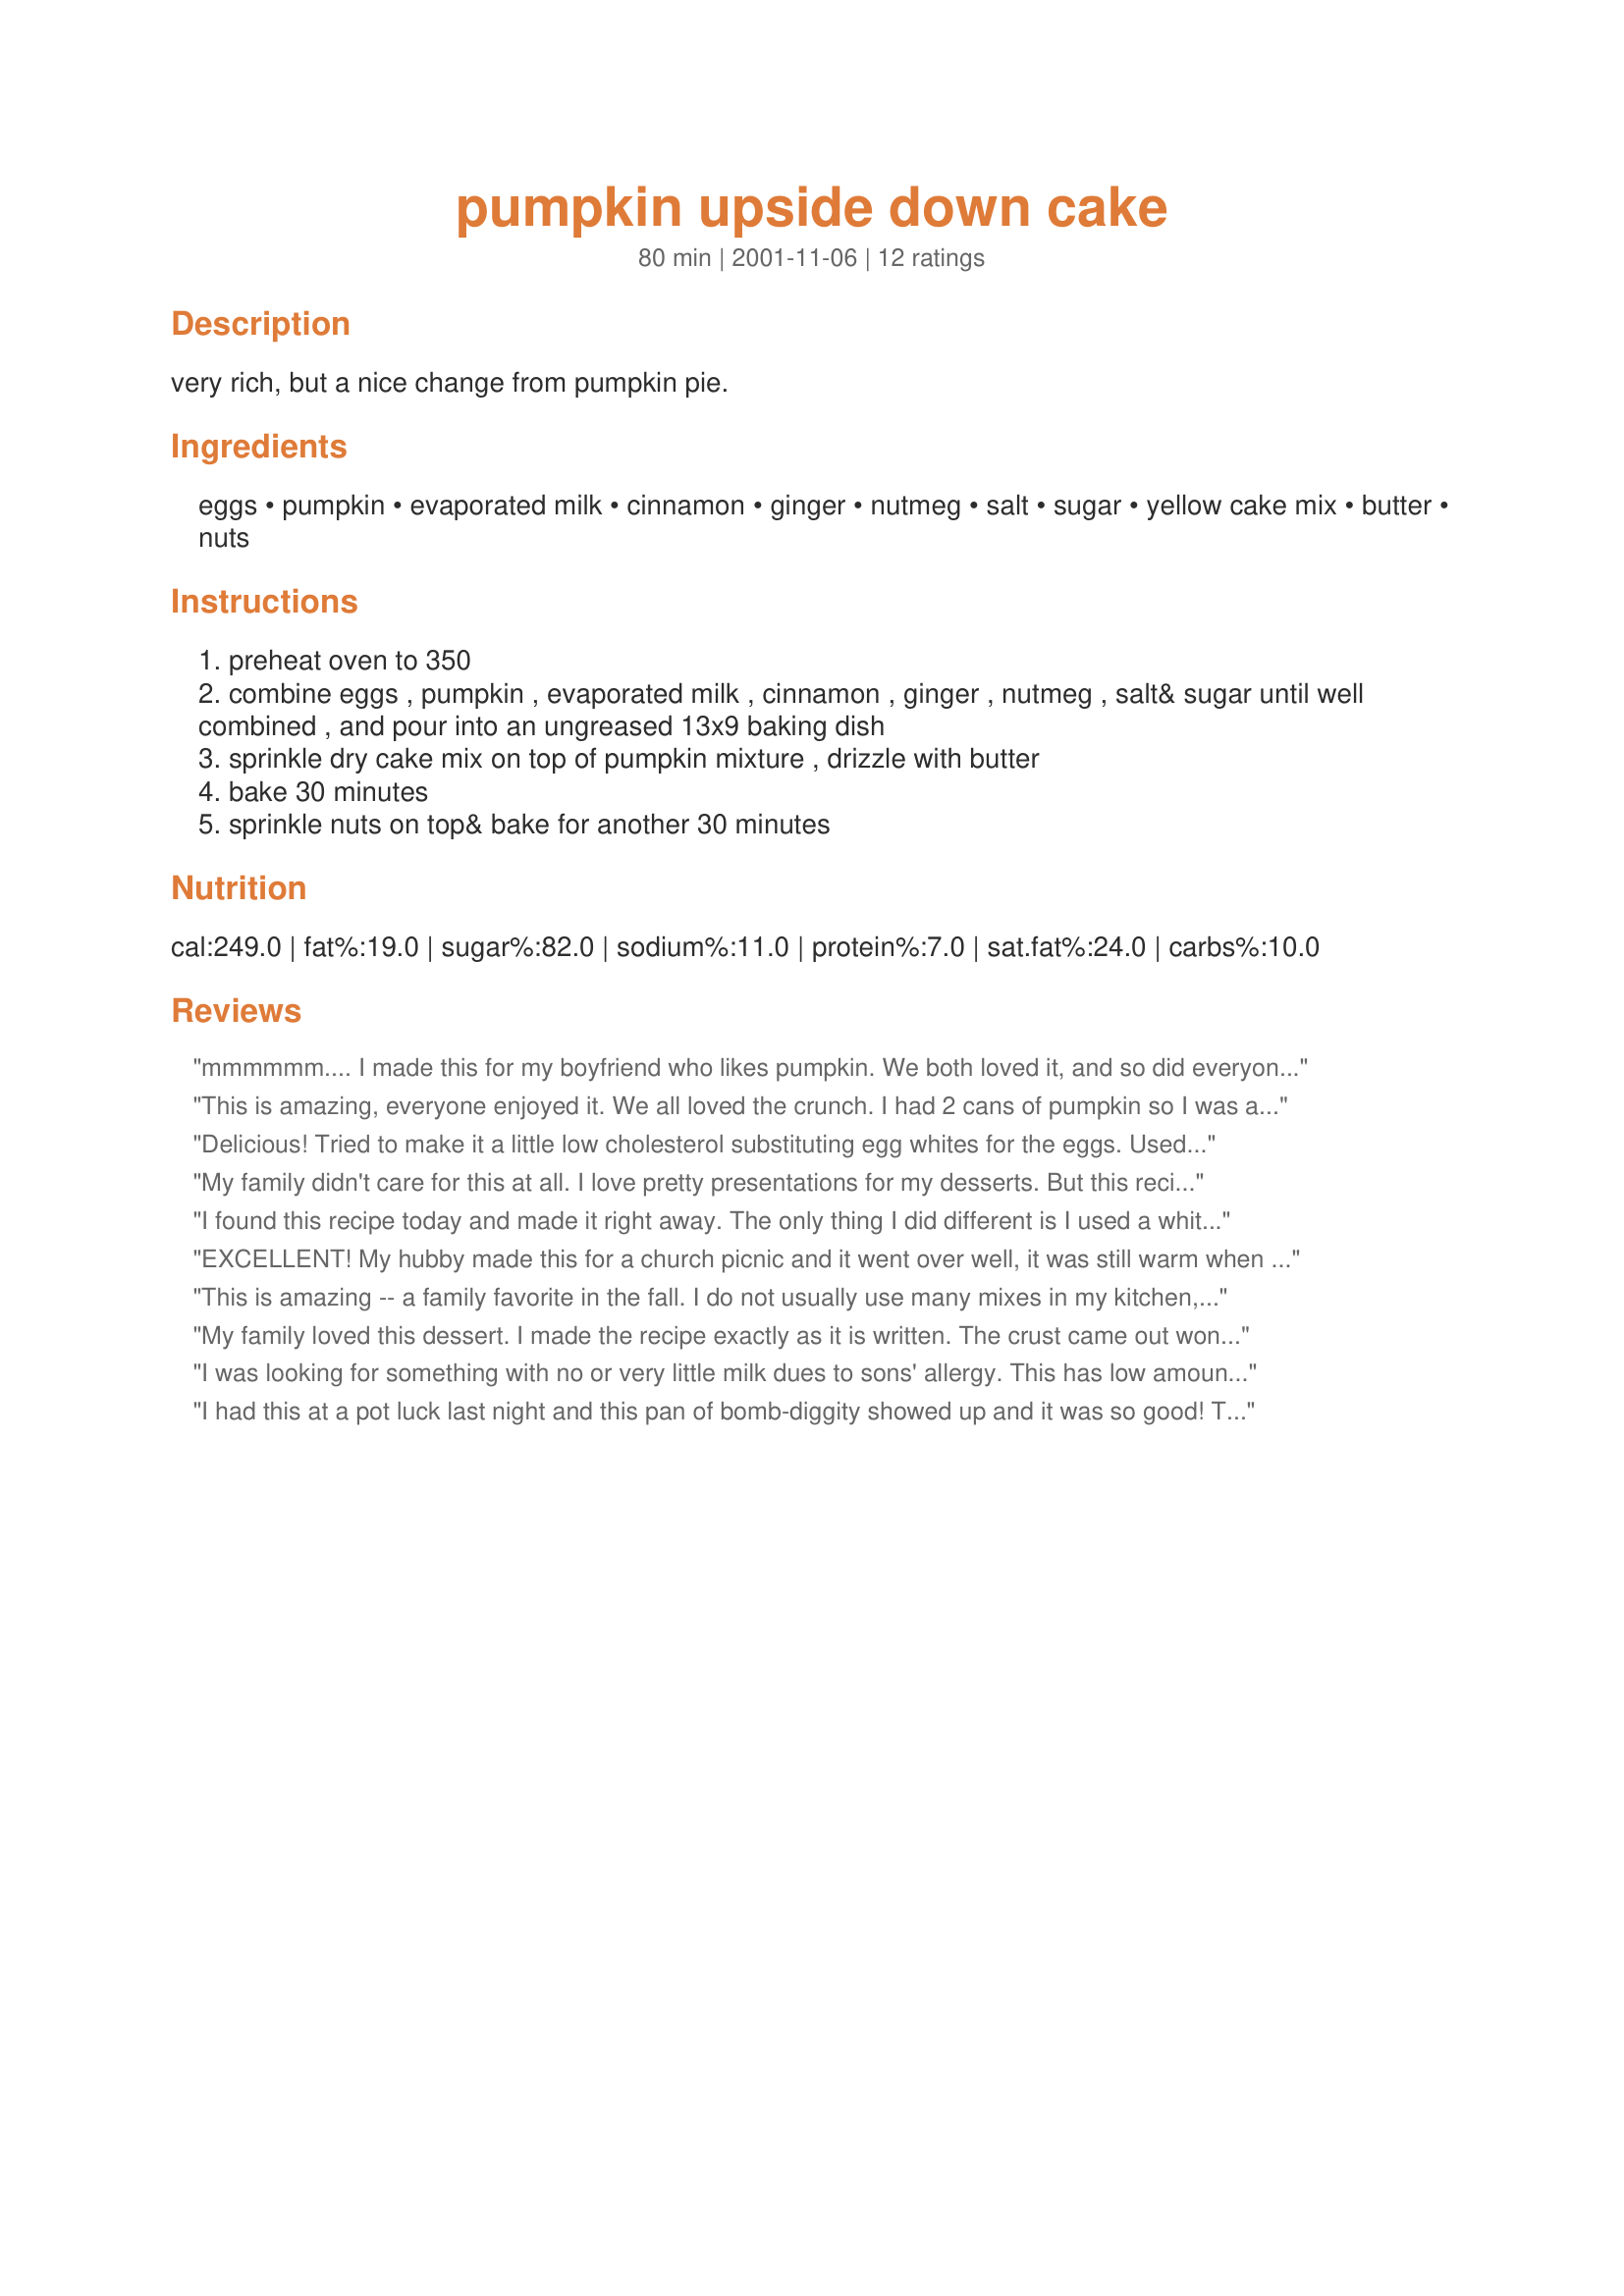
pumpkin upside down cake
Preparation time: 80 minutes

very rich, but a nice change from pumpkin pie.

Ingredients:
eggs, pumpkin, evaporated milk, cinnamon, ginger, nutmeg, salt, sugar, yellow cake mix, butter, nuts

Steps:
preheat oven to 350
combine eggs , pumpkin , evaporated milk , cinnamon , ginger , nutmeg , salt& sugar until well combined , and pour into an ungreased 13x9 baking dish
sprinkle dry cake mix on top of pumpkin mixture , drizzle with butter
bake 30 minutes
sprinkle nuts on top& bake for another 30 minutes

Reviews:
mmmmmm.... I made this for my boyfriend who likes pumpkin. We both loved it, and so did everyone at the bbq I brought it to. This recipe makes a whole 13x9 inch dessert, so it's a LOT because you only need a little. I used golden brown cake mix instead of yellow because the store ran out, and I also used a whole bag of chopped pecans which added a lot of taste. It was great!
This is amazing, everyone enjoyed it.
We all loved the crunch.
I had 2 cans of pumpkin so I was all set.
Thanks for such a great treat.
Its a keeper.
Delicious! Tried to make it a little low cholesterol substituting egg whites for the eggs. Used half sugar, half Splenda too. Actually liked it better than regular pumpkin pie!
My family didn't care for this at all. I love pretty presentations for my desserts. But this recipe doesn't present well because it gets all "smushed" when you cut it up for serving.
 I found this recipe today and made it right away. The only thing I did different is I used a white cake mix instead of a yellow cake mix because thats what I had on hand. This is a excellent recipe. I give this recipe a high five. Thanks mary k
EXCELLENT! My hubby made this for a church picnic and it went over well, it was still warm when we took it. We did however have a problem. After we put the nuts on it and put it back into the oven after 24 minutes it scorched the nuts so we had to take all of the nuts off and put new ones on and to hide the blemishes we sprinkled powdered sugar on it. So my suggestion is to check it after 15 minutes after the nuts are on. It could've been my oven but that is what I am going to do now and I figured if you check it with a knife or toothpick after the first time you would know exactly what to bake it in your oven. Thank you for posting we will definately be making this one again, we are going to try and scale the calories and fat down in it next time.
This is amazing -- a family favorite in the fall. I do not usually use many mixes in my kitchen, but cake mixes are not easy to replace because of their speed and simplicity. They add a wonderful flavor to this. Try it!
My family loved this dessert. I made the recipe exactly as it is written. The crust came out wonderfully crisp and the pumpkin filling was incredibly creamy and moist.
I was looking for something with no or very little milk dues to sons' allergy. This has low amount of milk and the wonderful pumpkin pie taste! Will be making this again.
I had this at a pot luck last night and this pan of bomb-diggity showed up and it was so good! The whole 13x9 pan was gone by the end of the night!
This cake was so wonderfully delicious. It is kind of like a crumb cake on top of a pumpkin pie. We LOVED this! I made a mistake in the recipe and didn't read it like I should have and bought pumpkin pie filling instead of pumpkin but it was still so outstanding! This is a definite keeper. Before I close I also wanted to tell you that I honestly miss you on the boards. We never see you anymore. I wish so much that you would come back. Also, thank you so much for a great recipe, Mary :)
I thought this was good, but I think I overbaked it. It was still very jiggly after 60 minutes, so I baked it 65 -- still jiggly. I took it out at 70 minutes, but felt the topping was a bit too brown. I wish I'd known it was more like a custard on the bottom than cake. I would have taken it out earlier.
